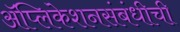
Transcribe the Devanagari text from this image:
ॲप्लिकेशनसंबंधीची